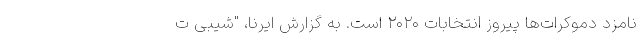
نامزد دموکرات‌ها پیروز انتخابات ۲۰۲۰ است. به گزارش ایرنا، "شیبی ت